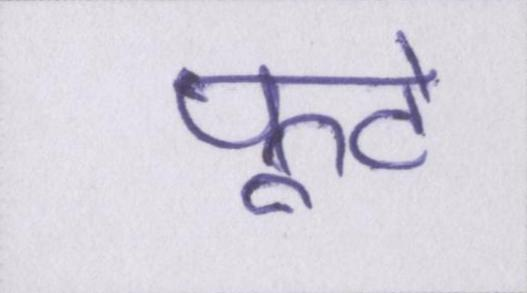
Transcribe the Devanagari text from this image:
फूटे